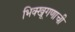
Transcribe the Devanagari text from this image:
भिक्खूगणाची